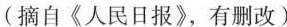
（摘自《人民日报》，有删改）